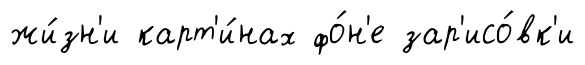
жи́зн'и карт'и́нах фо́н'е зар'исо́вк'и